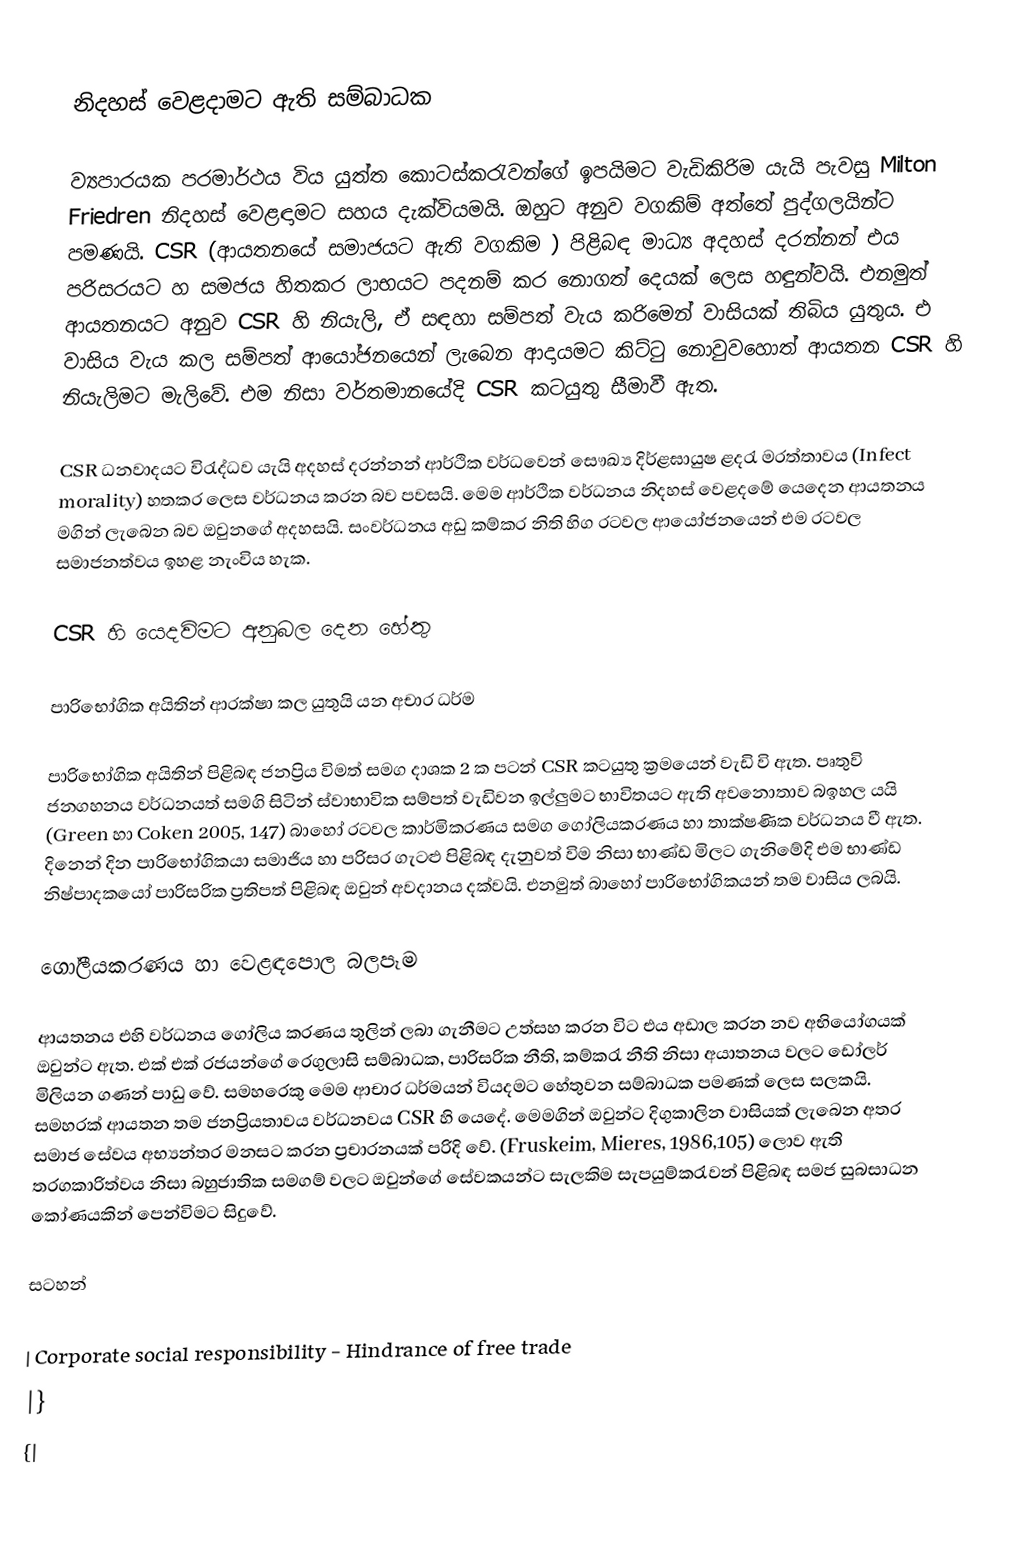

නිදහස් වෙළදා‍මට ඇති සම්බාධක

ව්‍යපාරයක පරමාර්ථය විය යුත්ත කොටස්කරැවන්ගේ ඉපයිමට වැඩිකිරිම යැයි පැවසු Milton Friedren  නිදහස් වෙළඳාමට සහය දැක්වියමයි. ඔහුට අනුව වගකිම් අත්තේ පුද්ගලයින්ට පමණයි. CSR (ආයතනයේ සමාජයට ඇති වගකිම ) පිළිබඳ මාධ්‍ය අදහස් දරන්නන් එය පරිසරයට හ සමජය හිතකර ලාභයට පදනම් කර නොගත් දෙයක් ලෙස හඳුන්වයි. එනමුත් ආයතනයට අනුව CSR හි නියැලි, ඒ සඳහා සම්පත් වැය කරිමෙන් වාසියක් තිබිය යුතුය. එ වාසිය වැය කල සම්පත් ආයෝජනයෙන් ලැබෙන ආදායමට කිට්ටු නොවුවහොත් ආයතන CSR හි නියැලිමට මැලිවේ. එම නිසා වර්තමානයේදි CSR කටයුතු සීමාවී ඇත.

CSR ධනවාදයට විරැද්ධව යැයි අදහස් දරන්නන් ආර්ථික වර්ධවෙන් සෞඛ්‍ය දිර්ළඝායුෂ ළදරැ මරත්තාවය (Infect morality) හතකර ලෙස වර්ධනය කරන බව පවසයි. මෙම ආර්ථික වර්ධනය නිදහස් වෙළදමේ යෙදෙන ආයතනය මගින් ලැබෙන බව ඔවුනගේ අදහසයි. සංවර්ධනය අඩු කම්කර නිති හිග රටවල ආයෝජනයෙන් එම රටවල සමාජනත්වය ඉහළ නැංවිය හැක.

CSR හි යෙදවිමට අනුබල දෙන හේතු

පාරිභෝගික අයිතින් ආරක්ෂා කල යුතුයි යන අචාර ධර්ම

පාරිභෝගික අයිතින් පිළිබඳ ජනප්‍රිය විමත් සමග දාශක 2 ක පටන් CSR  කටයුතු ක්‍රමයෙන් වැඩි වි ඇත. පෘතුවි ජනගහනය වර්ධනයත් සමගි සිටින් ස්වාභාවික සම්පත් වැඩිවන ඉල්ලුමට භාවිතයට ඇති අවනොතාව බඉහල යයි (Green හා Coken 2005, 147) බාහෝ රටවල කාර්මිකරණය සමග ගෝලියකරණය හා තාක්ෂණික වර්ධනය වී ඇත. දිනෙන් දින පාරිභෝගිකයා සමාජිය හා පරිසර ගැටළු පිළිබඳ දැනුවත් විම නිසා භාණ්ඩ මිලට ගැනිමේදි එම භාණ්ඩ නිෂ්පාදකයෝ පාරිසරික ප්‍රතිපත්  පිළිබඳ ඔවුන් අවදානය දක්වයි. එනමුත් බාහෝ පාරිභෝගිකයන් තම වාසිය ලබයි.

ගෝලීයකරණය හා වෙළඳපොල බලපෑම

ආයතනය එහි වර්ධනය ගෝලිය කරණය තුලින් ලබා ගැනීමට උත්සහ කරන විට එය අඩාල කරන නව අභියෝගයක් ඔවුන්ට ඇත. එක් එක් රජයන්ගේ රෙගුලාසි සම්බාධක, පාරිසරික නීති, කම්කරැ නීති නිසා අයාතනය වලට ඩෝලර් මිලියන ගණන් පාඩු වේ. සමහරෙකු මෙම ආචාර ධර්මයන් වියදමට හේතුවන සම්බාධක පමණක් ලෙස සලකයි. සමහරක් ආයතන තම ජනප්‍රියතාවය වර්ධනවය CSR හි යෙදේ. මෙමගින් ඔවුන්ට දිගුකාලින වාසියක් ලැබෙන අතර සමාජ සේවය අභ්‍යන්තර මනසට කරන ප්‍රචාරනයක් පරිදි වේ. (Fruskeim, Mieres, 1986,105) ලොව ඇති තරගකාරිත්වය නිසා බහුජාතික සමගම් වලට ඔවුන්ගේ සේවකයන්ට සැලකිම සැපයුම්කරැවන් පිළිබඳ සමජ සුබසාධන කෝණයකින් පෙන්විමට සිදුවේ.

සටහන්

| Corporate social responsibility - Hindrance of free trade
|}
{|